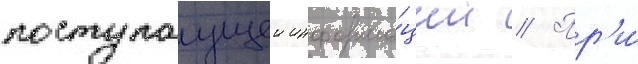
поступаущеи информа́ции // Пр'и́